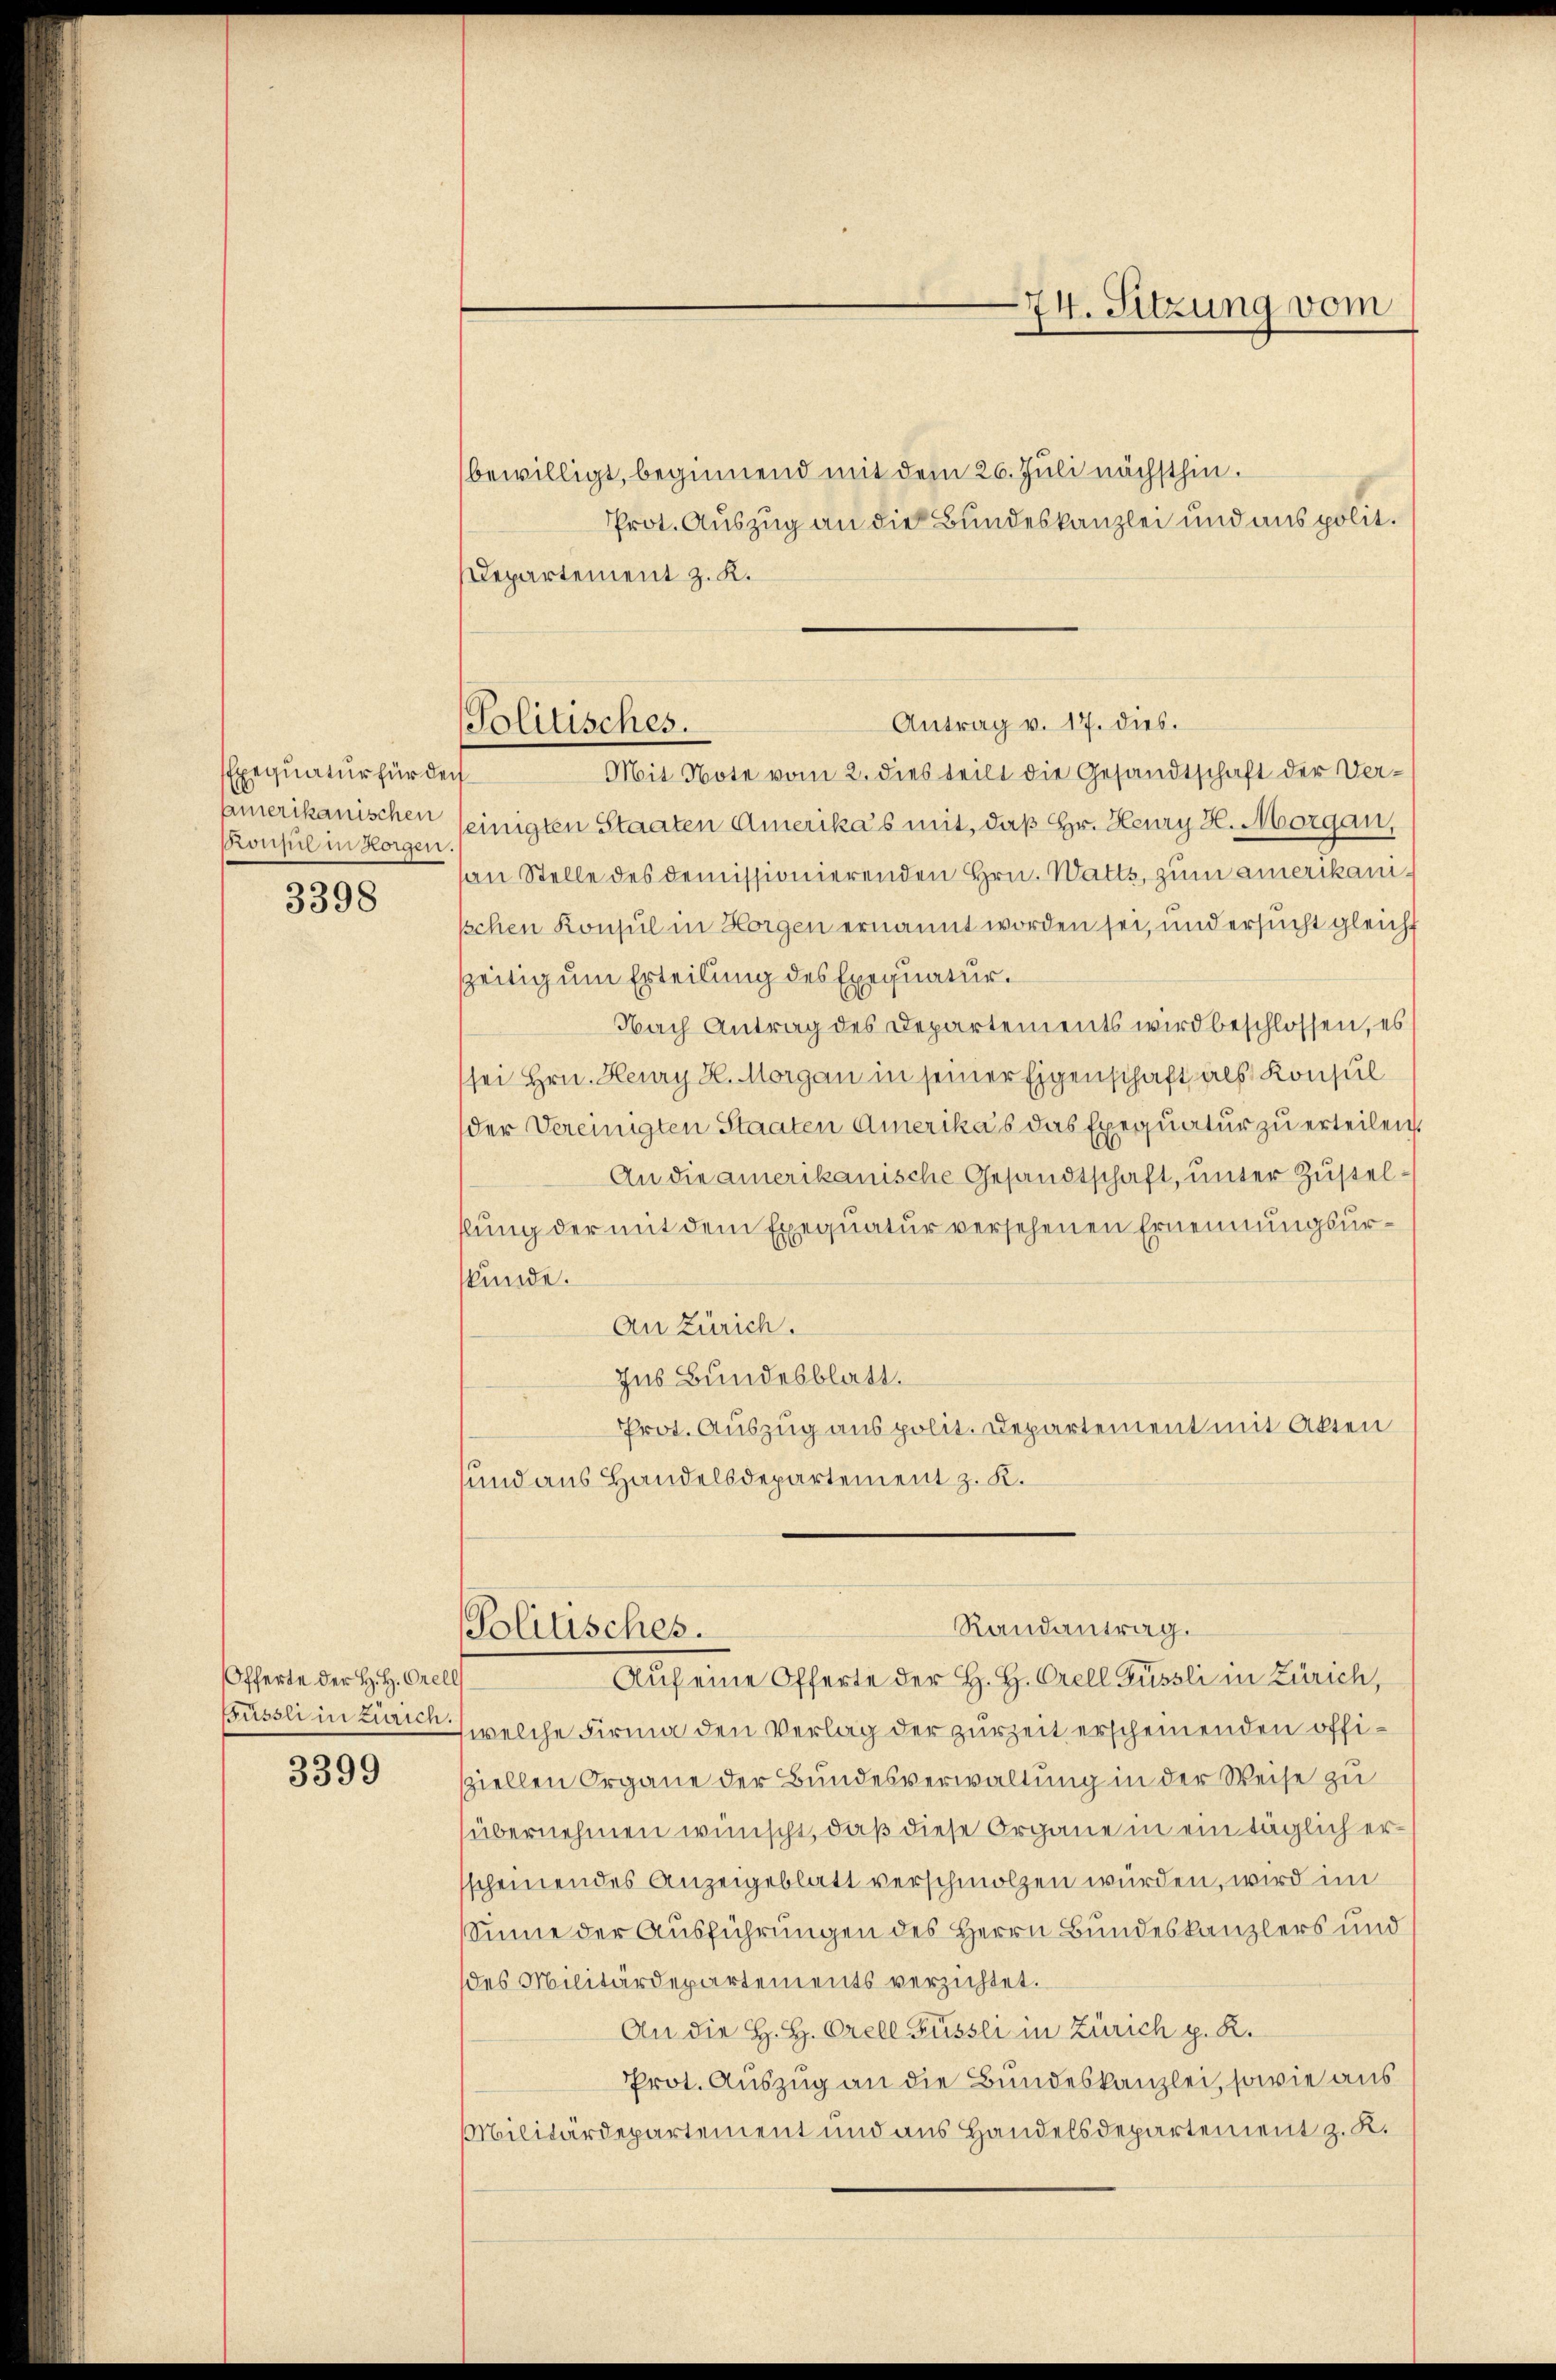
Exequatur für der
amerikanischen
Ronsul in Horgen

3398

Offerte der H. H. Orell

3399

Politisches.

bewilligt, beginnend mit dem 26. Juli nächsthin.
Prot. Auszug an die Bundeskanzlei und aus polit.
Departement z. K.
Antrag v. 17. dies.
Mit Note vom 2. dies teilt die Gesandtschaft der Ver-
einigten Staaten Amerika’s mit, daß Hr. Heury H. Morgan,
an Stelle des demissionierenden Hrn. Watts, zum amerikaniischen Konsul in Horgen ernannt worden sei, und ersucht gleicht
zeitig um Erteilung des Exequatur.
Nach Antrag des Departements wird beschlossen, es
sei Hrn. Heury H. Morgan in seiner Eigenschaft als Konsul
der Vereinigten Staaten Amerika’s das Exequatur zu erteilen.
An die amerikanische Gesandtschaft, unter Zustellung der mit dem Exequatur versehenen Ernennungsurskunde.
An Zürich.
zus Bundesblatt.
Prot. Auszug aus polit. Departement mit Akten
und aus Handelsdepartement z. K.

Güssli in Zürich welche Firma den Verlag der zurZeit erscheinenden offisziellen Organe der Bundesverwaltung in der Weise zu
(übernehmen wünscht, daß diese Organe in ein täglich ersscheinendes Anzeigeblatt verschmolzen würden, wird im
Sinne der Ausführungen des Herrn Bundeskanzlers und
des Militärdepartements verzichtet.
An die H. H. Orell Füssli in Zürich p. R.
Prot. Auszug an die Bundeskanzlei, sowie aus
Militärdepartement und aus Handelsdepartement z. K.

Randantrag.
Politisches.
Auf eine Offerte der H. H. Orell Füssli in Zürich,

74. Sitzung vom